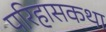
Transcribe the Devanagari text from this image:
परिहासकथा